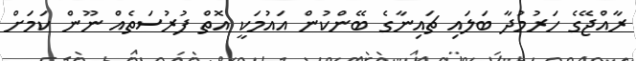
ރާއްޖޭގެ ހަރުމުދާ ބަލައި ޗައިނާގެ ބޭންކުން އައުމަކީ އޮތް ފުރުސަތެއް ނޫން ކަމަށް